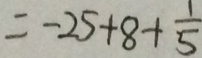
= - 2 5 + 8 + \frac { 1 } { 5 }